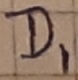
Text: D1